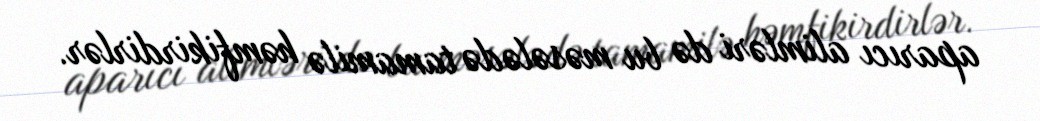
aparıcı alimləri də bu məsələdə tamamilə həmfikirdirlər.